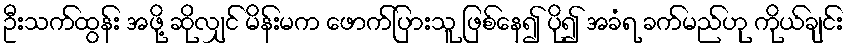
ဦးသက်ထွန်း အဖို့ ဆိုလျှင် မိန်းမက ဖောက်ပြားသူ ဖြစ်နေ၍ ပို၍ အခံရ ခက်မည်ဟု ကိုယ်ချင်း